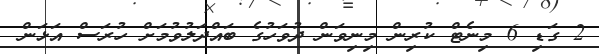
2 ގަޑި 6 މިނެޓް ކުރިން މިނިވަން ދުވަހުގެ ބައްދަލުވުމަށް ހުރަސް އަޅަން